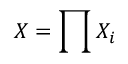
X = \prod X _ { i }